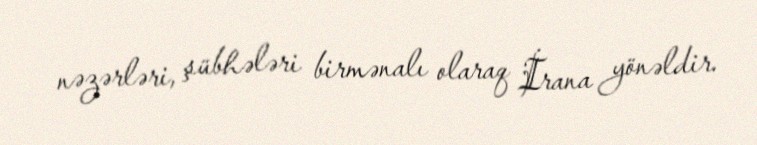
nəzərləri, şübhələri birmənalı olaraq İrana yönəldir.